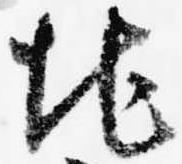
地